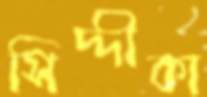
সিদ্দীকা